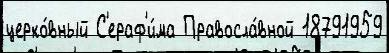
церко́вный С'ераф'и́ма Правосла́вной 18791959